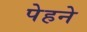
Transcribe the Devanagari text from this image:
पेहने